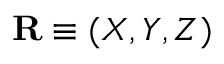
\mathbf { R } \equiv ( X , Y , Z )